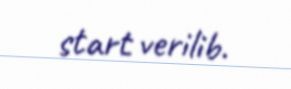
start verilib.